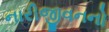
નારીજીવનનો